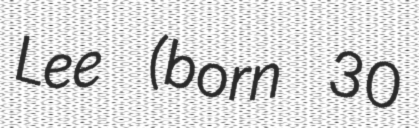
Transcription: Lee (born 30